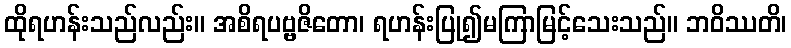
ထိုရဟန်းသည်လည်း။ အစိရပဗ္ဗဇိတော၊ ရဟန်းပြု၍မကြာမြင့်သေးသည်။ ဘဝိဿတိ၊